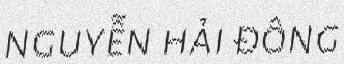
nguyễn hải đông